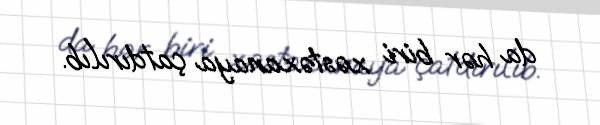
da hər biri xəstəxanaya çatdırılıb.